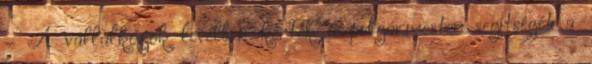
– A vállalkozók levélben kérték a polgármester segítségét a